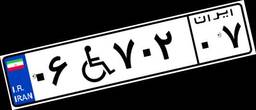
۰۶W۷۰۲۰۷